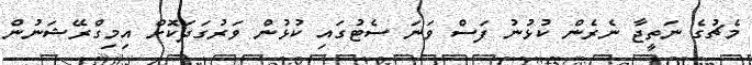
މެޗުގެ ނަތީޖާ ނެރެން ކުޅުނު ފަސް ވަނަ ސެޓުގައި ކުޅުން ވަރުގަދަކޮށް އިމިގްރޭޝަނުން